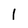
Character: l